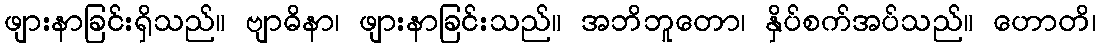
ဖျားနာခြင်းရှိသည်။ ဗျာဓိနာ၊ ဖျားနာခြင်းသည်။ အဘိဘူတော၊ နှိပ်စက်အပ်သည်။ ဟောတိ၊